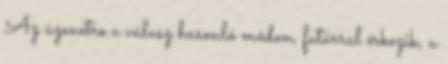
Az üzenetre a válasz hasonló módon, futárral érkezik, a